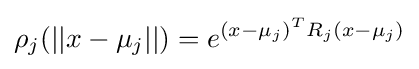
\rho _{j}(||x-\mu _{j}||)=e^{(x-\mu _{j})^{T}R_{j}(x-\mu _{j})}